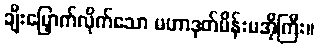
ချီးမြှောက်လိုက်သော မဟာဒုတ်မိန်းမအိုကြီး။